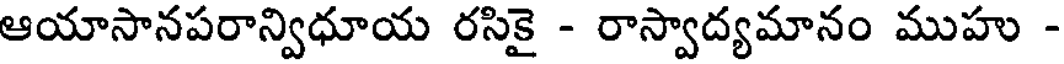
ఆయాసానపరాన్విధూయ రసికై - రాస్వాద్యమానం ముహు -